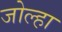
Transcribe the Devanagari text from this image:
जोल्हा